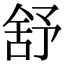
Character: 舒